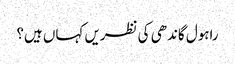
راہول گاندھی کی نظریں کہاں ہیں؟